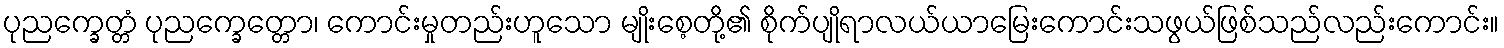
ပုညက္ခေတ္တံ ပုညက္ခေတ္တော၊ ကောင်းမှုတည်းဟူသော မျိုးစေ့တို့၏ စိုက်ပျိုရာလယ်ယာမြေးကောင်းသဖွယ်ဖြစ်သည်လည်းကောင်း။